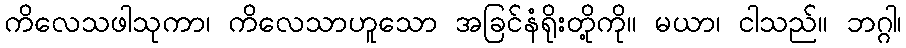
ကိလေသဖါသုကာ၊ ကိလေသာဟူသော အခြင်နံရိုးတို့ကို။ မယာ၊ ငါသည်။ ဘဂ္ဂါ၊